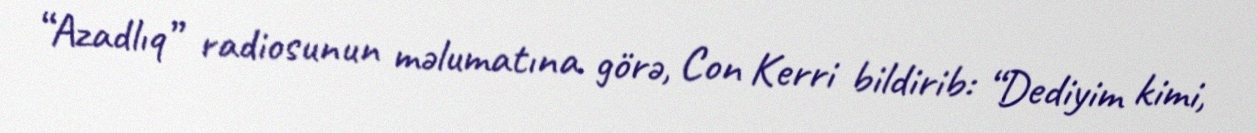
“Azadlıq” radiosunun məlumatına görə, Con Kerri bildirib: “Dediyim kimi,